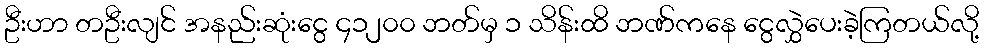
ဦးဟာ တဦးလျင် အနည်းဆုံးငွေ ၄၁၂၀၀ ဘတ်မှ ၁ သိန်းထိ ဘဏ်ကနေ ငွေလွှဲပေးခဲ့ကြတယ်လို့